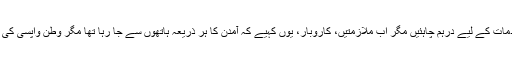
کھانے پینے، گھروں کے کرایے، پیٹرول، بجلی، ڈاکٹر و دیگر ضروری اشیا و خدمات کے لیے درہم چاہئیں مگر اب ملازمتیں، کاروبار، یوں کہیے کہ آمدن کا ہر ذریعہ ہاتھوں سے جا رہا تھا مگر وطن واپسی کی بھی کوئی راہ نہ سوجھتی کہ ساری دنیا میں فضائی سفر تعطل کا شکار ہوچکا تھا۔